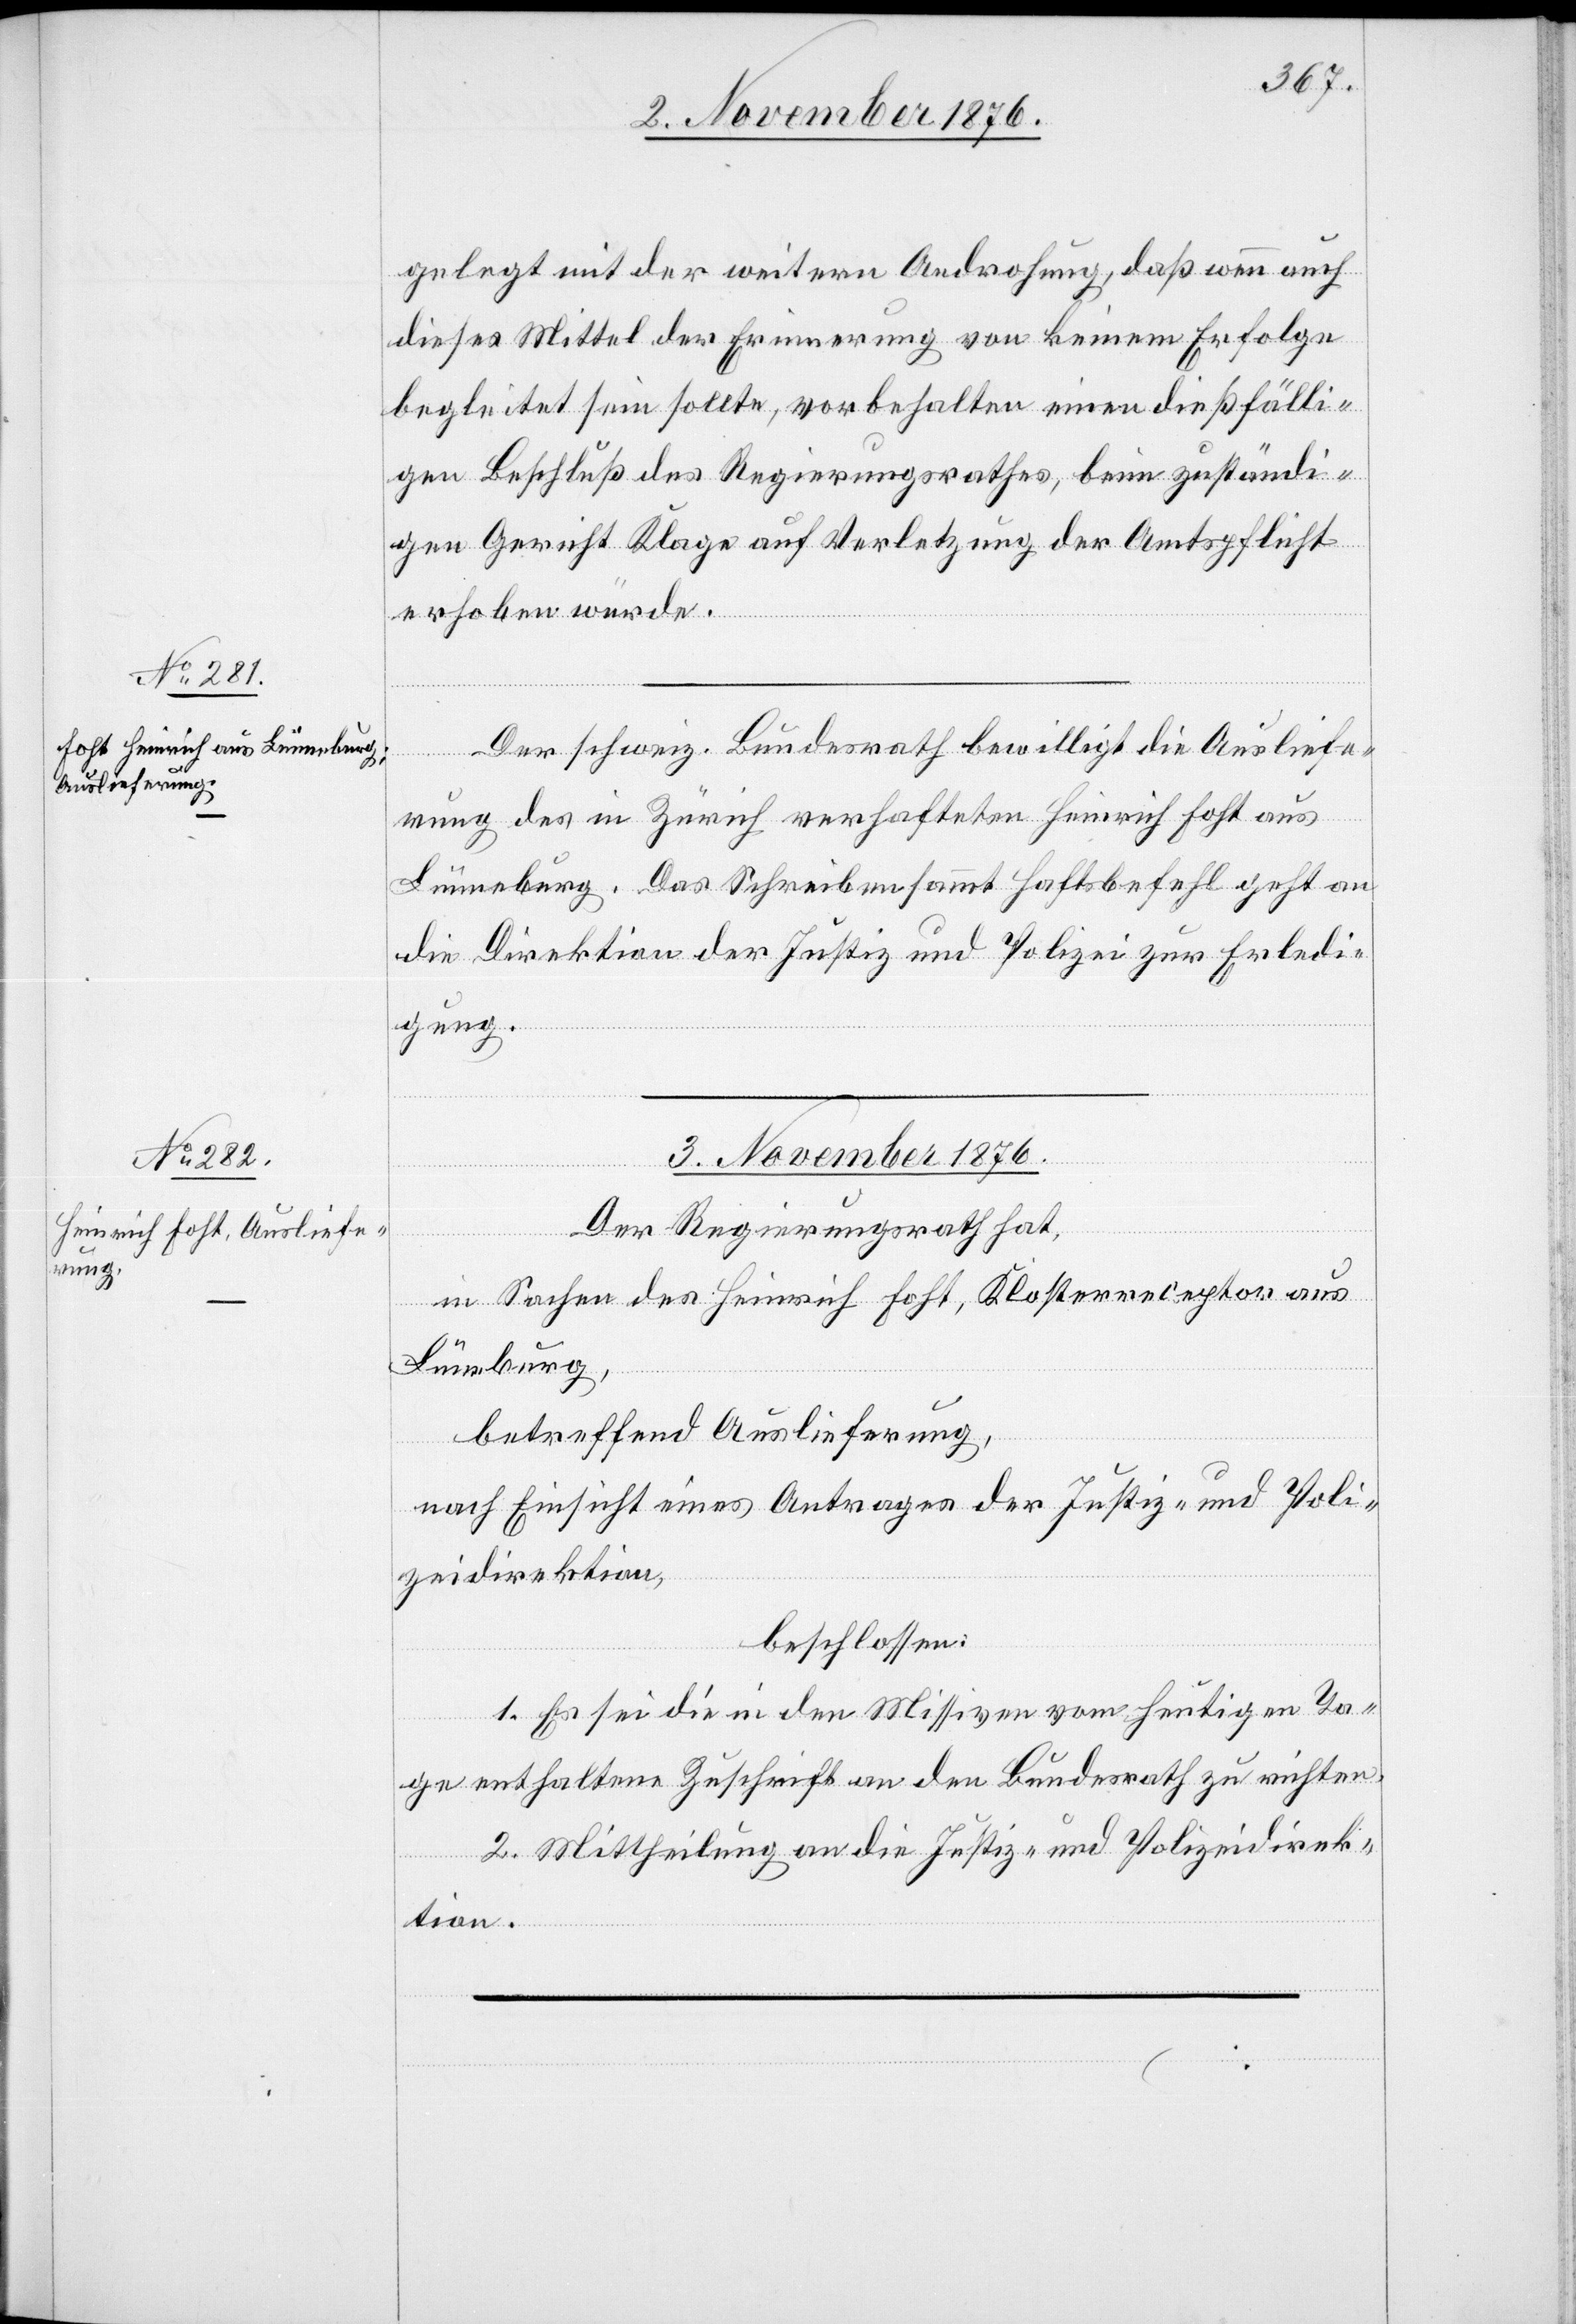
3. November 1876.
gelegt mit der weitern Androhung, daß wenn auch
dieses Mittel der Erinnerung von keinem Erfolge
begleitet sein sollte, vorbehalten einen dießfälli¬
gen Beschluß des Regierungsrathes, beim zuständi¬
gen Gericht Klage auf Verletzung der Amtspflicht
erhoben würde.
Der schweiz. Bundesrath bewilligt die Ausliefe¬
rung des in Zürich verhafteten Heinrich Foht aus
Lünneburg. Das Schreiben sammt Haftsbefehl geht an
die Direktion der Justiz und Polizei zur Erledi¬
gung.
Der Regierungsrath hat,
in Sachen des Heinrich Foht, Klosterreceptor aus
Lünneburg,
betreffend Auslieferung,
nach Einsicht eines Antrages der Justiz- und Poli¬
zeidirektion,
beschlossen:
1. Es sei die in den Missiven vom heutigen Ta¬
ge enthaltene Zuschrift an den Bundesrath zu richten.
2. Mittheilung an die Justiz- und Polizeidirek¬
tion.